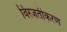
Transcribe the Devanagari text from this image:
विरजतीकरण